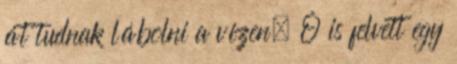
át tudnak lábolni a vízen. Ő is felvett egy